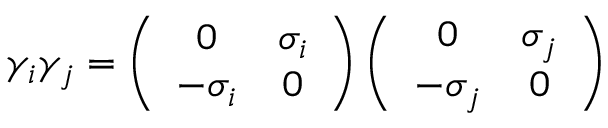
\gamma _ { i } \gamma _ { j } = \left( \begin{array} { c c } { { 0 } } & { { \sigma _ { i } } } \\ { { - \sigma _ { i } } } & { { 0 } } \end{array} \right) \left( \begin{array} { c c } { { 0 } } & { { \sigma _ { j } } } \\ { { - \sigma _ { j } } } & { { 0 } } \end{array} \right)